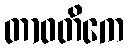
တာဝတိကေ